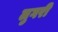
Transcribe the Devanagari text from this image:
लुगरी